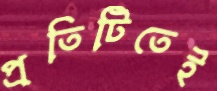
প্রতিটিতেই